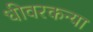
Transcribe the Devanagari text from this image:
धीवरकन्या